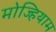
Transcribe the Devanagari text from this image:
मोज्हियाम